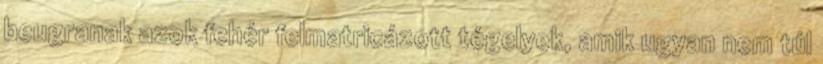
beugranak azok fehér felmatricázott tégelyek, amik ugyan nem túl